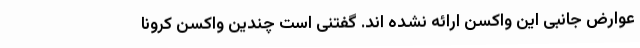
عوارض جانبی این واکسن ارائه نشده اند. گفتنی است چندین واکسن کرونا